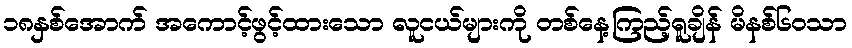
၁၈နှစ်အောက် အကောင့်ဖွင့်ထားသော လူငယ်များကို တစ်နေ့ကြည့်ရူချိန် မိနစ်၆၀သာ